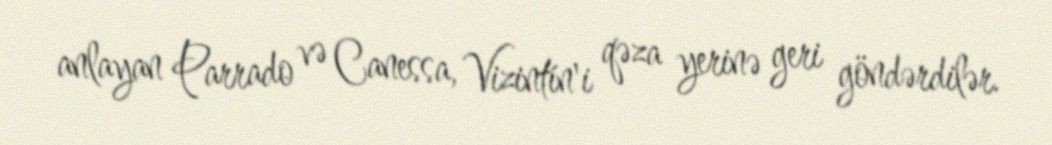
anlayan Parrado və Canessa, Vizintín'i qəza yerinə geri göndərdilər.